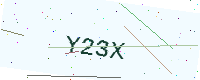
Text: Y23X